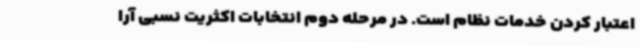
اعتبار کردن خدمات نظام است. در مرحله دوم انتخابات اکثریت نسبی آرا